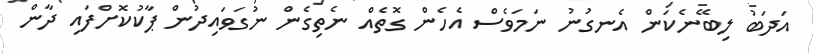
އަދަބު ލިބޭނެކަން އެނގުނު ނަމަވެސް އެހެން ގޮތެއް ނެތިގެން ނުގަވައިދުން ޕާކުކޮށްފައި ދާން